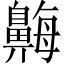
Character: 𪖫